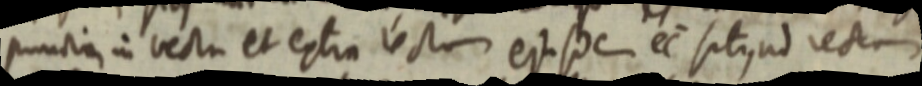
puncti in recta et extra recto ejusdem ec sitisud rectam